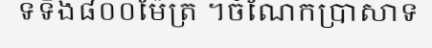
ទទឹង៨០០ម៉ែត្រ ។ចំណែកប្រាសាទ